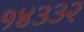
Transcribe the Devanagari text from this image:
१४३३२